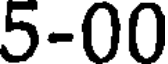
5-00